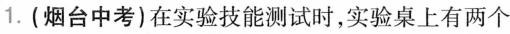
1.(烟台中考)在实验技能测试时，实验桌上有两个